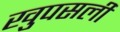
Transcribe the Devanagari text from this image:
खुपसली